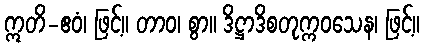
ဣတိ-ဧဝံ၊ ဖြင့်။ တာဝ၊ စွာ။ ဒိဋ္ဌာဒိစတုက္ကဝသေန၊ ဖြင့်။